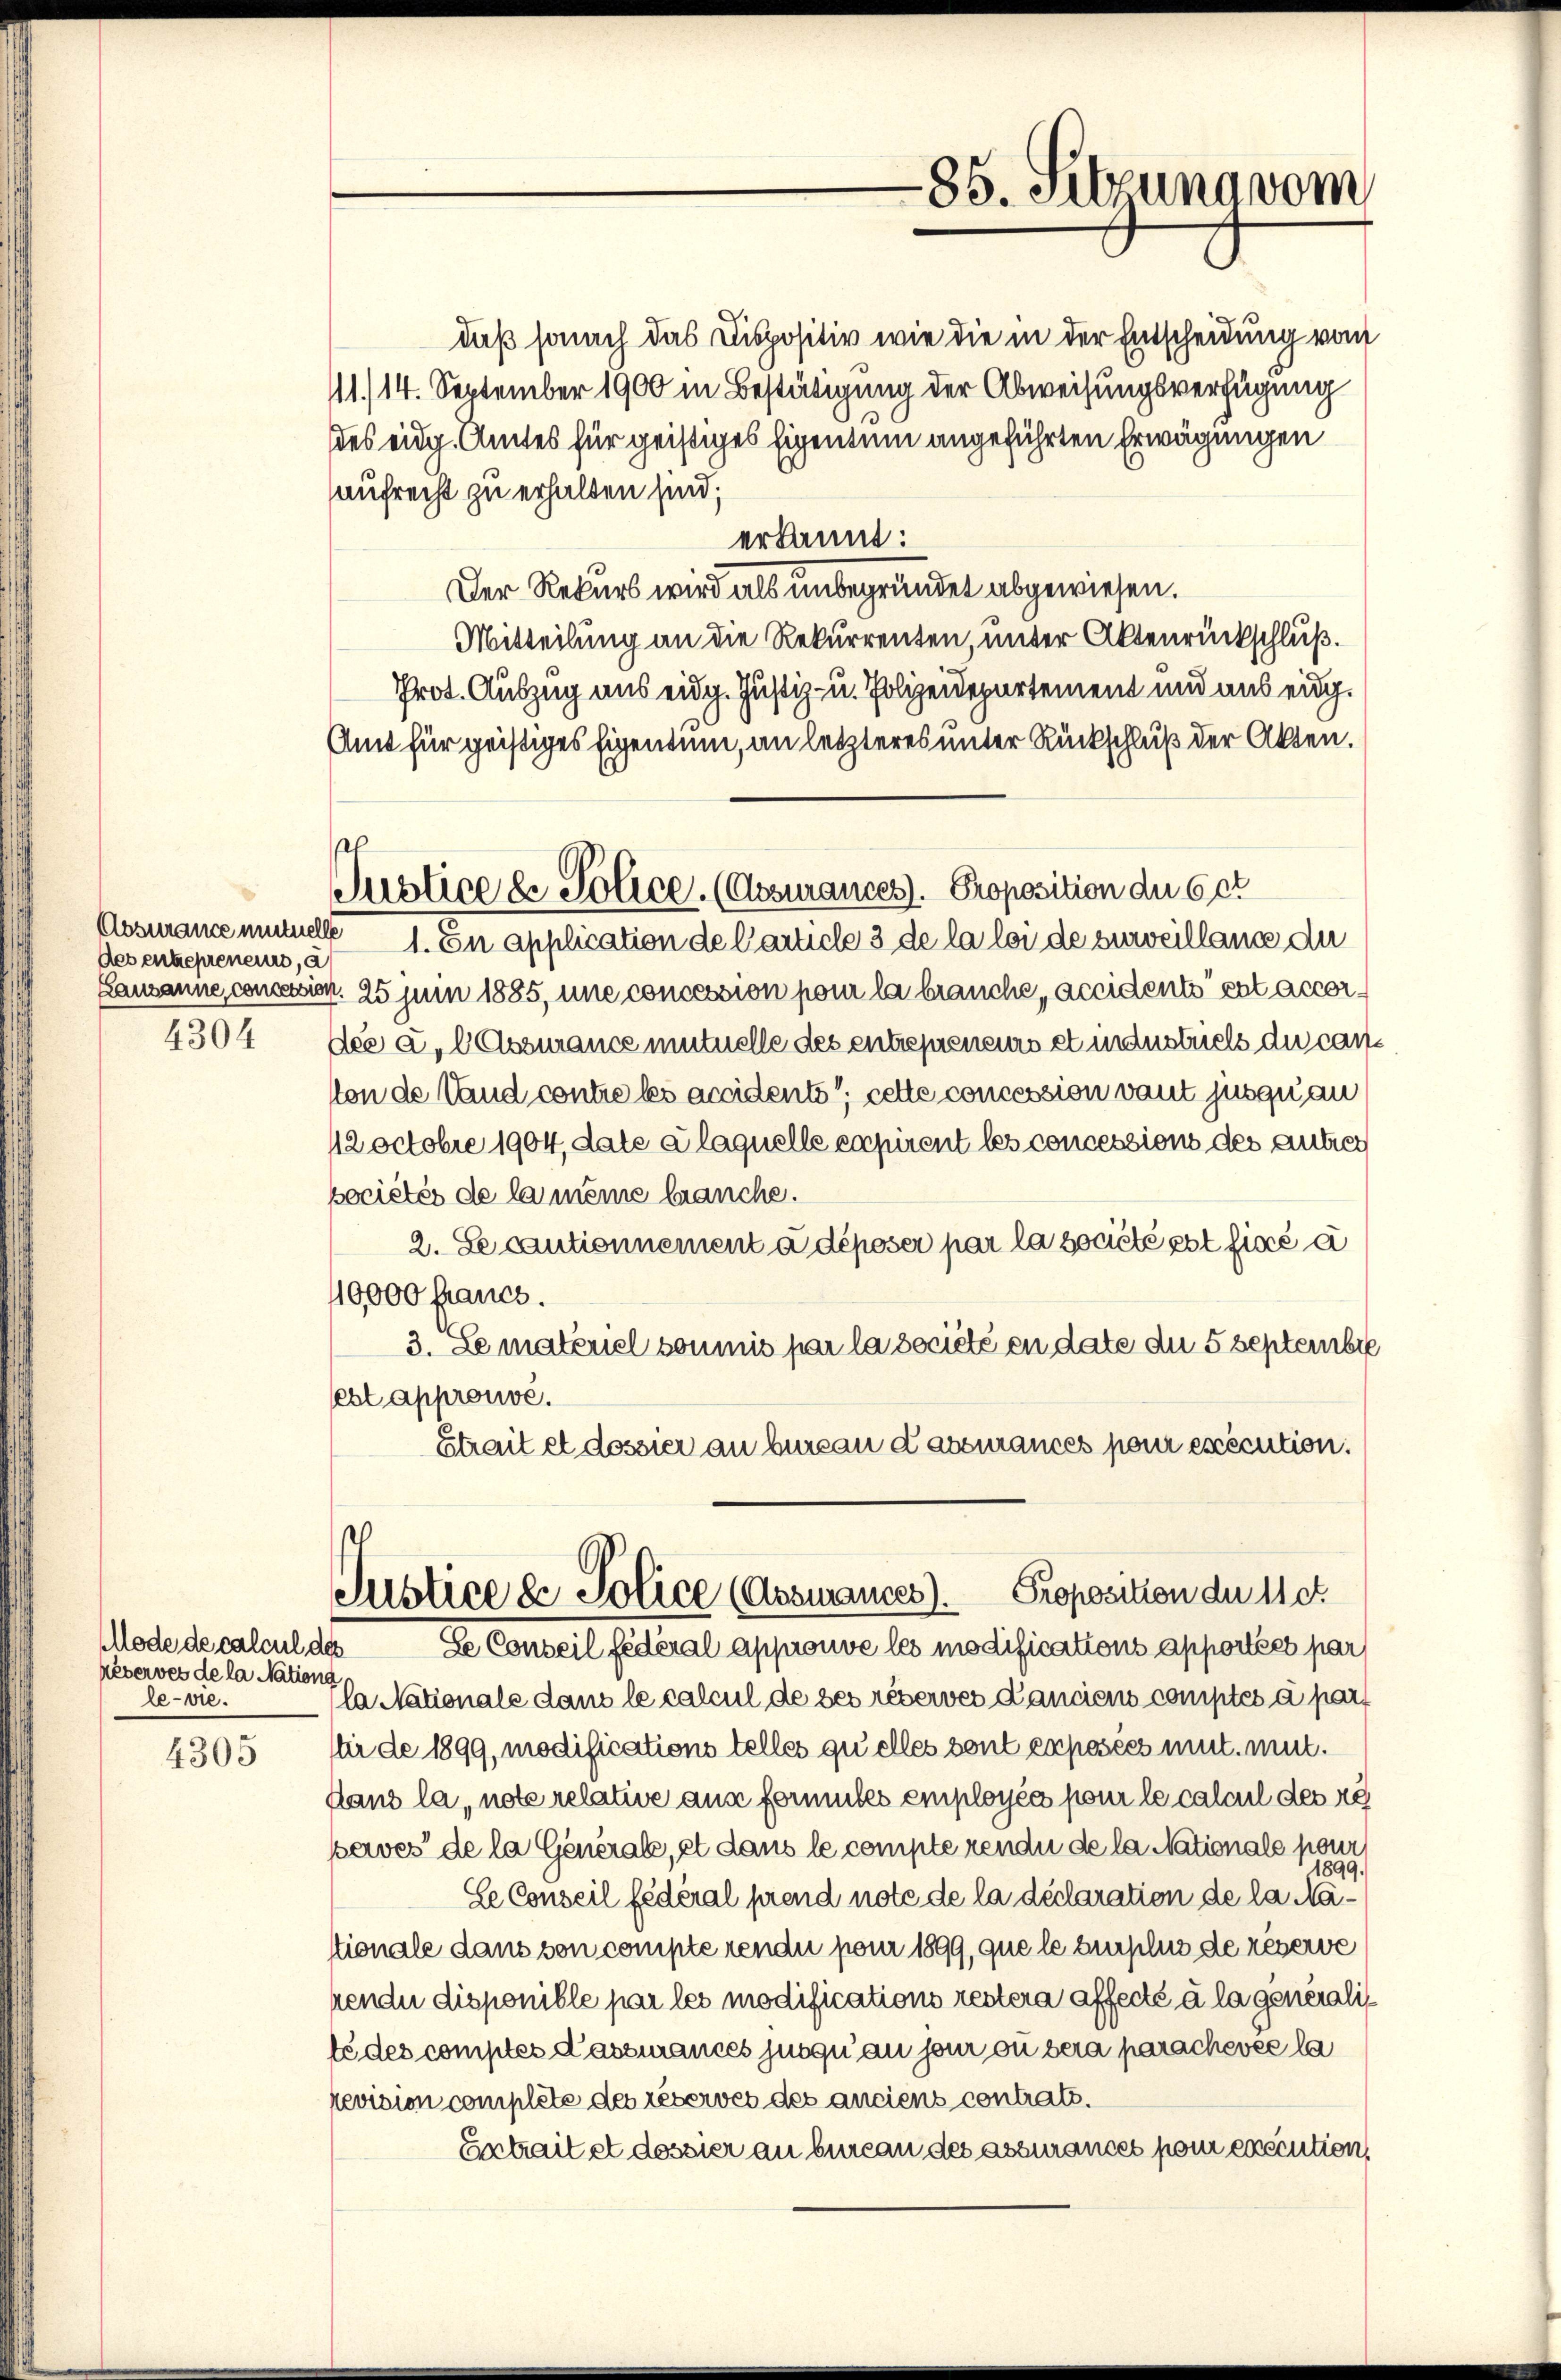
Absurance mutuelle
des entrepreneurs, a

4304

MMode de calcul des
réserves de la Nationa
le-vie.

4305

Justice de Police. (Absurances. Proposition die 6 et

85. Februna vom

daß sonach das Dispositiv wie die in der Entscheidung vom
11./14. September 1900 in Bestätigung der Abweisungsverfügung
des eidg. Amtes für geistiges Eigentum angeführten Erwägungen
aufrecht zu erhalten sind;
erkannt:
Der Rekurs wird als unbegründet abgewiesen.
Mitteilung an die Rekurrenten, unter Aktenrückschluß.
Prot. Auszug aus eidg. Justiz- u. Polizeidepartement und aus eidg.
Amt für geistiges Eigentum, an letzteres unter Rückschluß der Akten.
1. En application de Carticle 3 de la loi de surveillance du
Lausanne, concession. 25 Juin 1885, une concession pour la brauche, accidents ent accordee a. lassurance mutuelle des entrepreneurs et industriels du canton de Wand contre les accidents, cette concession vaut jusquan
12 octobre 1904, date à laquelle capirent les concessions des autres
pociétés de la même brauche.
2. Se cautionnement à déposer par la société est fixé à
10,000 francs.
3. Le materiel soumis par la société en date die 5 Septembre
eht approuvé.
Etrait et dossier an bureau dassurances pour exécution.
Justice d. Police (Assmances). Proposition du 11 et
Se Conseil fédéral approuve les modifications apportées par
la Nationale dans le calcul de ses réserves Canciens comptés à par
tir de 1899, modifications telles quelles sont exposées mit mit.
dans la, note relative aus formules employés pour le calcul des re
paves de la Generale, et dans le compte rende de la Nationale pour
1899.
Le Conseil fédéral prend note de la déclaration de la Nationale dans von compte rendu pour 1899, que le surplus de réserve
rende disponible par les modifications restera affecté à la generalis
le des comptes Cassances jusqu’au jour ou bera parachevée la
revision complete des réserves des anciens contrats.
Extrait et dessier an bureau des assurances pour exécution,